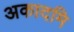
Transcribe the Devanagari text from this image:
अकादमि